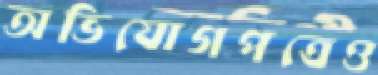
অভিযোগপত্রেও